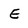
Character: E